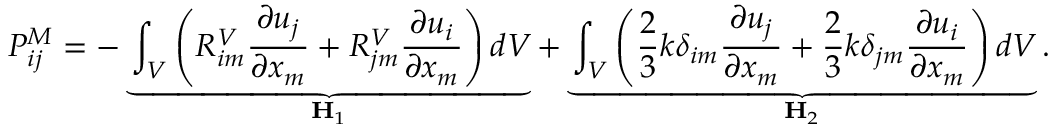
P _ { i j } ^ { M } = - \underbrace { \int _ { V } \left( R _ { i m } ^ { V } \frac { \partial u _ { j } } { \partial x _ { m } } + R _ { j m } ^ { V } \frac { \partial u _ { i } } { \partial x _ { m } } \right) d V } _ { \mathbf { H } _ { 1 } } + \underbrace { \int _ { V } \left( \frac { 2 } { 3 } k \delta _ { i m } \frac { \partial u _ { j } } { \partial x _ { m } } + \frac { 2 } { 3 } k \delta _ { j m } \frac { \partial u _ { i } } { \partial x _ { m } } \right) d V } _ { \mathbf { H } _ { 2 } } .